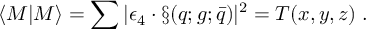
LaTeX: \langle { \cal M } | { \cal M } \rangle = \sum | \epsilon _ { 4 } \cdot \S ( q ; g ; \bar { q } ) | ^ { 2 } = { \cal T } ( x , y , z ) \; .